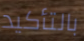
بالتأكيد